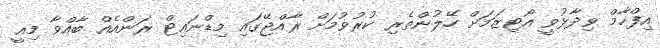
އިފްހާމް ވިދާޅުވީ އޯޓިޒަމަށް ހޭލުންތެރި ކުރުވުމަށް ރާއްޖޭގައި މިޑްނައިޓް ރަންއެއް ބާއްވާ މިއީ